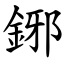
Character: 鋣